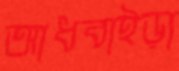
আধবাইড়া